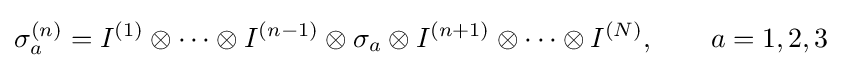
\sigma _{a}^{(n)}=I^{(1)}\otimes \dotsm \otimes I^{(n-1)}\otimes \sigma _{a}\otimes I^{(n+1)}\otimes \dotsm \otimes I^{(N)},\qquad a=1,2,3